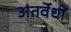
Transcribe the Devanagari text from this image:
अंतर्वेधों